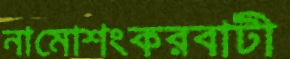
নামোশংকরবাটী